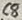
Text: C8